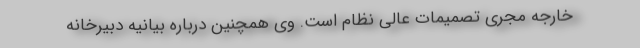
خارجه مجری تصمیمات عالی نظام است. وی همچنین درباره بیانیه دبیرخانه